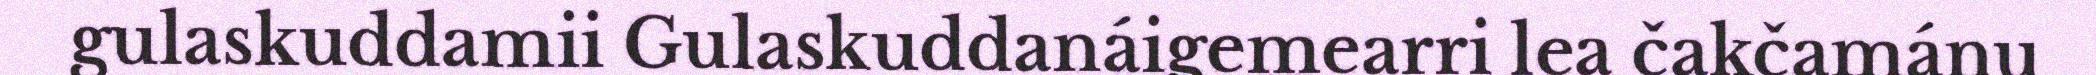
gulaskuddamii Gulaskuddanáigemearri lea čakčamánu